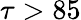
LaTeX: \tau>85